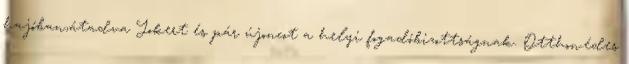
hajóban,átadva Jokert és pár újoncot a helyi fogadóbizottságnak. Otthon.édes